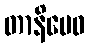
တာနိမေဝ